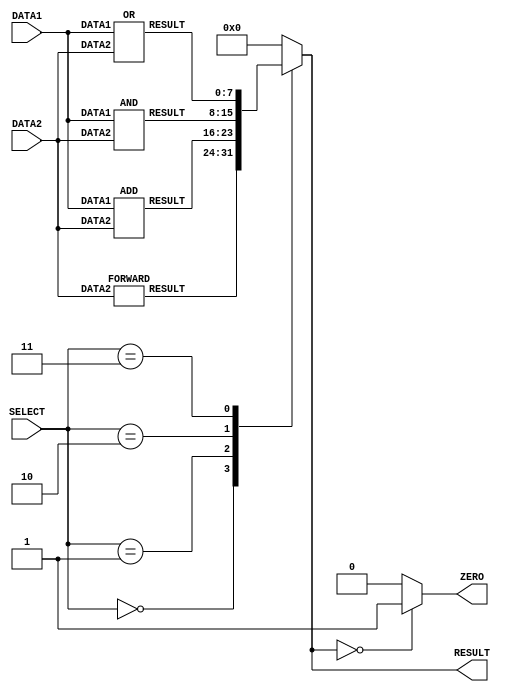

`timescale  1ns/100ps

module alu (DATA1, DATA2, RESULT, ZERO, SELECT);

	//definning input ports
	input [7:0] DATA1, DATA2;
	input [2:0] SELECT;

	//definning output ports
	output reg [7:0] RESULT;
	output reg [0:0] ZERO;
	
	//definning temparary wires to carry the result generated by each functional modules
	wire [7:0] RESULT_FW, RESULT_AD, RESULT_AND, RESULT_OR;
	
	//instantiating the each functional modules
	FORWARD fw (DATA2, RESULT_FW);
	ADD ad (DATA1, DATA2, RESULT_AD);
	AND an (DATA1, DATA2, RESULT_AND);
	OR orr (DATA1, DATA2, RESULT_OR);
	
	//The MUX implementation
	always @(RESULT_FW, RESULT_AD, RESULT_AND, RESULT_OR, SELECT)	//sensirive ports for the mux
	begin
		//definning case structure to handle the output of the mux according to the select signal
		case (SELECT)	
			3'b000 :	RESULT = RESULT_FW;		//if SELECT = 0; RESULT will get the output of FORWARD functional unit
			3'b001 :	RESULT = RESULT_AD;		//if SELECT = 1; RESULT will get the output of ADD functional unit
			3'b010 :	RESULT = RESULT_AND;	//if SELECT = 2; RESULT will get the output of AND functional unit
			3'b011 :	RESULT = RESULT_OR;		//if SELECT = 3; RESULT will get the output of OR functional unit
			default :	RESULT = 8'b0;	//if SELECT > 3; RESULT is set to the zero value
		endcase
	end
	
	always @(RESULT)
	begin
		if(RESULT == 8'd0)
			ZERO = 1'b1;
		else
			ZERO = 1'b0;
	end
	
endmodule

//FORWARD function implementation
module FORWARD (DATA2, RESULT);

	input [7:0] DATA2;		//definning input ports
	output reg [7:0] RESULT;	//definning output ports
	
	//Forward operation happens and result is stored in RESULT net
	always @(DATA2)
	#1 begin
		RESULT = DATA2;		//unit delay assign to 1 time unit
	end

endmodule

//ADD function implementation
module ADD (DATA1, DATA2, RESULT);
	
	input [7:0] DATA1, DATA2;	//definning input ports
	output reg [7:0] RESULT;	//definning output ports
	
	//ADD operation happens and result is stored in RESULT net
	always @(DATA1, DATA2)
	#2 begin
		RESULT = (DATA1 + DATA2);		//unit time delay assign to 2 time unit
	end
	
endmodule

//AND function implementation
module AND(DATA1, DATA2, RESULT);
	
	input [7:0] DATA1, DATA2;	//definning input ports
	output reg [7:0] RESULT;	//definning output ports
	
	//AND operation happens and result is stored in RESULT net
	always @(DATA1, DATA2)
	#1 begin
		RESULT = (DATA1 & DATA2);		//unit time delay assign to 1 time unit
	end
	
endmodule

//OR function implementation
module OR (DATA1, DATA2, RESULT);

	input [7:0] DATA1, DATA2;	//definning input ports
	output reg [7:0] RESULT;	//definning output ports
	
	//OR operation happen result is stored in RESULT net
	always @(DATA1, DATA2)
	#1 begin
		RESULT = (DATA1 | DATA2);		//unit time delay assign to 1 time unit
	end

endmodule